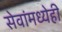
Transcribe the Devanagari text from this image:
सेवांमध्येही